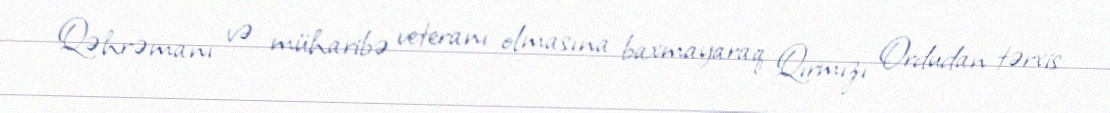
Qəhrəmanı və müharibə veteranı olmasına baxmayaraq Qırmızı Ordudan tərxis